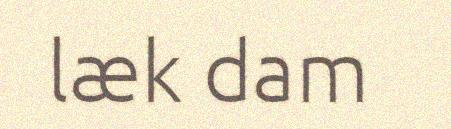
læk dam